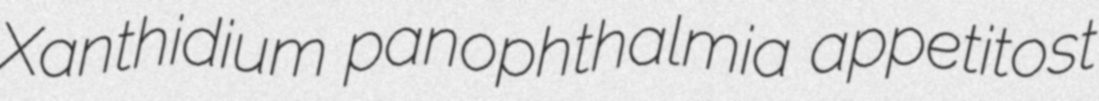
Xanthidium panophthalmia appetitost